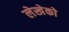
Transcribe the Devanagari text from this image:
लेखेको